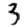
Digit: 3